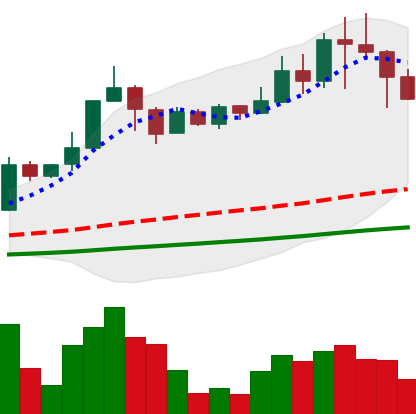
Ticker: TRX-USD
Chart end date: 2021-04-19
Forward return: -21.14%
Label: down_7plus